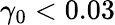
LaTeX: \gamma_{0}<0.03